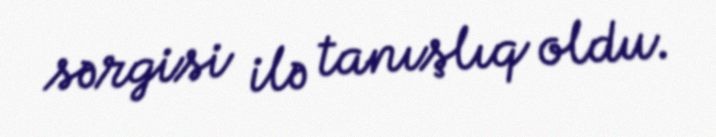
sərgisi ilə tanışlıq oldu.